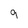
Character: 9